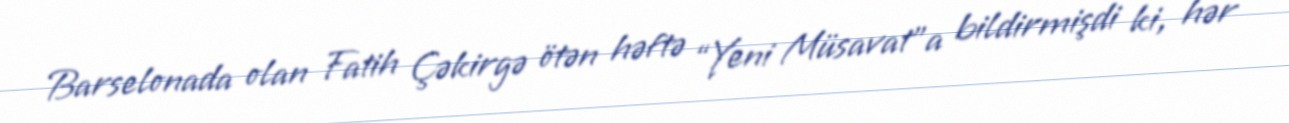
Barselonada olan Fatih Çəkirgə ötən həftə “Yeni Müsavat”a bildirmişdi ki, hər